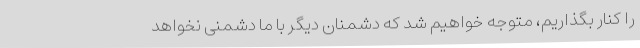
را کنار بگذاریم، متوجه خواهیم شد که دشمنان دیگر با ما دشمنی نخواهد